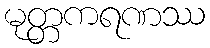
မုတ္တကရဏဿ